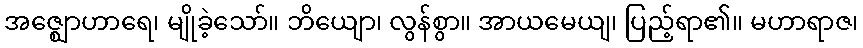
အဇ္ဈောဟာရေ၊ မျိုခဲ့သော်။ ဘိယျော၊ လွန်စွာ။ အာယမေယျ၊ ပြည့်ရာ၏။ မဟာရာဇ၊